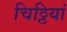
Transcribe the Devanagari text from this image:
चिठ्ठियां